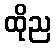
ထိုည